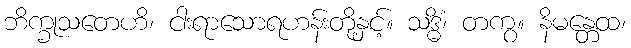
ဘိက္ခုသတေဟိ၊ ငါးရာသောရဟန်းတို့နှင့်။ သဒ္ဓိံ၊ တကွ။ နိမန္တေထ၊